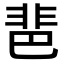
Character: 𩇯